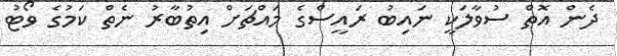
ދެން އޮތް ސުވާލަކީ ނައިބު ރައީސްގެ މައްޗަށް އިތުބާރު ނެތް ކަމުގެ ވޯޓު